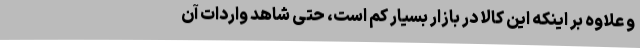
و علاوه بر اینکه این کالا در بازار بسیار کم است، حتی شاهد واردات آن